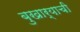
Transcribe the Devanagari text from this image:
बुखार्‍याची